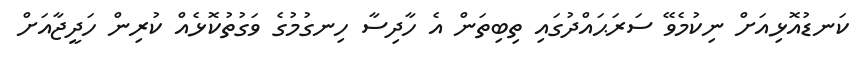
ކަނޑުއޮޅިއަށް ނިކުމެވޭ ސަރަޙައްދުގައި ތިބިތަން އެ ހާދިސާ ހިނގުމުގެ ވަގުތުކޮޅެއް ކުރިން ހަދީޖާއަށް